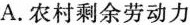
A.农村剩余劳动力